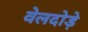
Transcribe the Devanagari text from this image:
वेलदोड़े